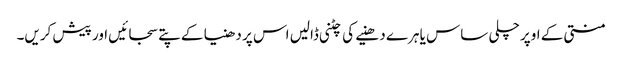
منتی کے اوپر چلی ساس یا ہرے دھنیے کی چٹنی ڈالیں اس پر دھنیا کے پتے سجائیں اور پیش کریں۔